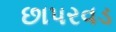
છાપરવડ